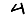
Digit: 4